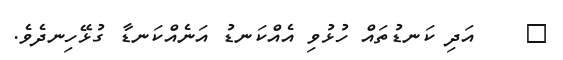
٣    އަދި ކަނޑުތައް ހުޅުވި އެއްކަނޑު އަނެއްކަނޑާ ގުޅޭހިނދެވެ.